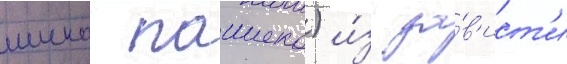
шико пашеко) и́з за́в'ист'и